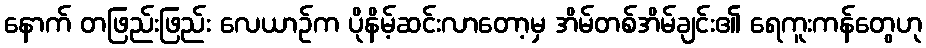
နောက် တဖြည်းဖြည်း လေယာဉ်က ပိုနိမ့်ဆင်းလာတော့မှ အိမ်တစ်အိမ်ချင်း၏ ရေကူးကန်တွေဟု